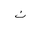
Letter: _non